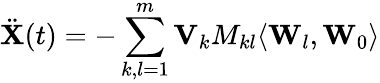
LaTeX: {\ddot{\mathbf X}}(t)=-\sum_{k,l=1}^{m}{\mathbf V}_{k}M_{kl}\langle{\mathbf W}_{l},{\mathbf W}_{0}\rangle